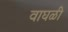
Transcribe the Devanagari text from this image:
वाघळी